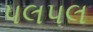
પલપલ